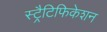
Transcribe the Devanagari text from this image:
स्ट्रैटिफिकेशन